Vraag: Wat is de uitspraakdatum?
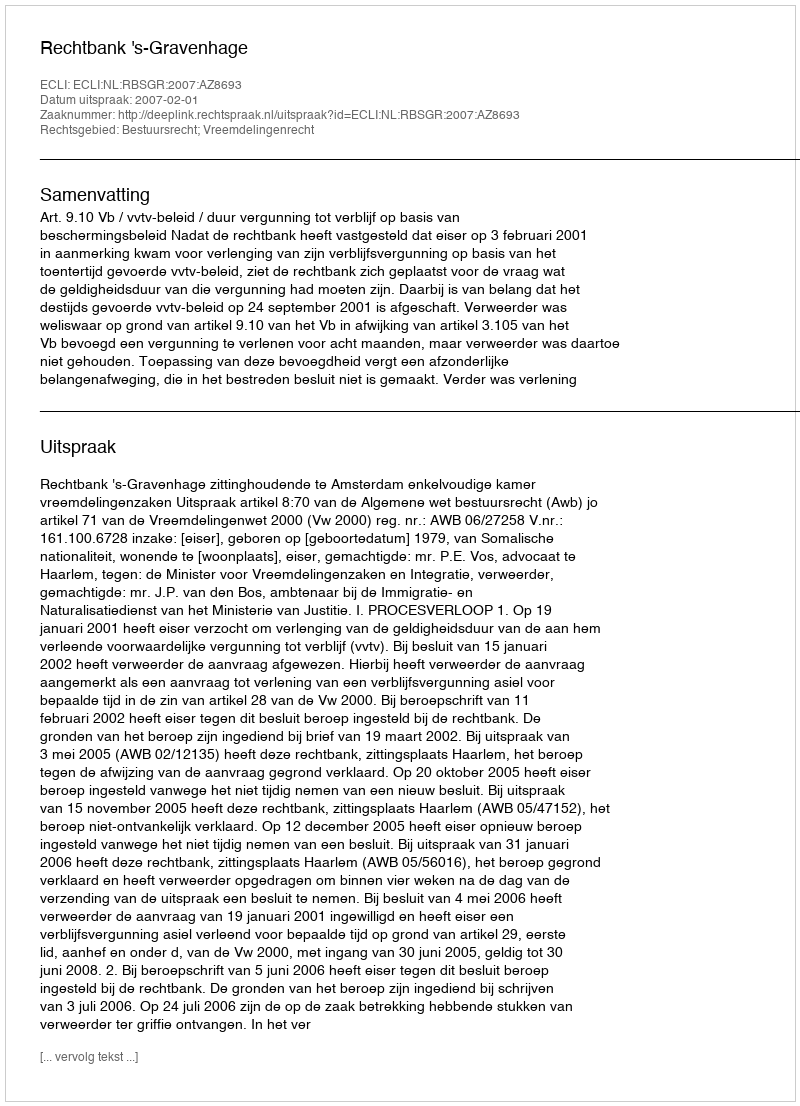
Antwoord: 2007-02-01